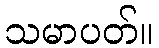
သမာပတ်။